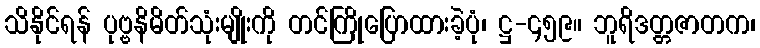
သိနိုင်ရန် ပုဗ္ဗနိမိတ်သုံးမျိုးကို တင်ကြိုပြောထားခဲ့ပုံ၊ ဋ္ဌ-၄၅၉။ ဘူရိဒတ္တဇာတက၊